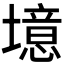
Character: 𪤥